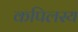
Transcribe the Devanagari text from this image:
कपिलस्य